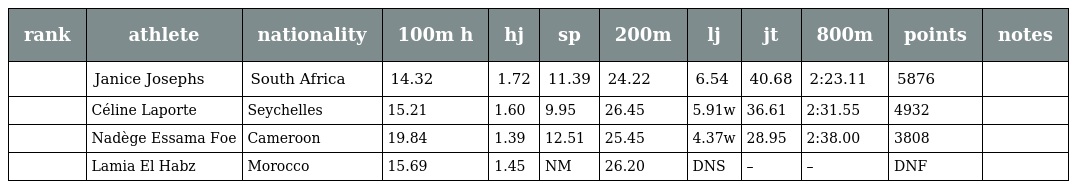
| rank | athlete | nationality | 100m h | hj | sp | 200m | lj | jt | 800m | points | notes |
 | --- | --- | --- | --- | --- | --- | --- | --- | --- | --- | --- | --- |
 |  | Janice Josephs | South Africa | 14.32 | 1.72 | 11.39 | 24.22 | 6.54 | 40.68 | 2:23.11 | 5876 |  |
 |  | Céline Laporte | Seychelles | 15.21 | 1.60 | 9.95 | 26.45 | 5.91w | 36.61 | 2:31.55 | 4932 |  |
 |  | Nadège Essama Foe | Cameroon | 19.84 | 1.39 | 12.51 | 25.45 | 4.37w | 28.95 | 2:38.00 | 3808 |  |
 |  | Lamia El Habz | Morocco | 15.69 | 1.45 | NM | 26.20 | DNS | – | – | DNF |  |